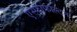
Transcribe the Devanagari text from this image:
एस्फाफाल्टम